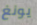
يونغ